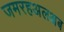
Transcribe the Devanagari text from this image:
जमरहअलअब